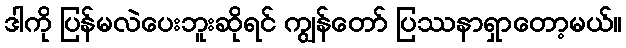
ဒါကို ပြန်မလဲပေးဘူးဆိုရင် ကျွန်တော် ပြဿနာရှာတော့မယ်။